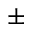
\pm